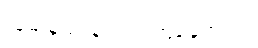
သူမ နည်းနည်း ရှက်နေတယ်။